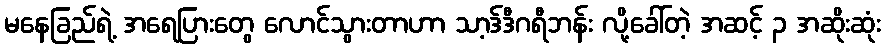
မနေခြည်ရဲ့ အရေပြားတွေ လောင်သွားတာဟာ သာ့ဒ်ဒီဂရီဘန်း လို့ခေါ်တဲ့ အဆင့် ၃ အဆိုးဆုံး